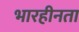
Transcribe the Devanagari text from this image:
भारहीनता